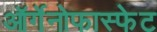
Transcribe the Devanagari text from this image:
ऑर्गेनोफास्फेट